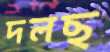
দলছ